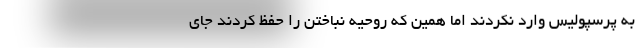
به پرسپولیس وارد نکردند اما همین که روحیه نباختن را حفظ کردند جای